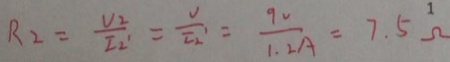
R _ { 2 } = \frac { V _ { 2 } } { I _ { 2 } ^ { \prime } } = \frac { V } { I _ { 2 } ^ { \prime } } = \frac { 9 V } { 1 . 2 A } = 7 . 5 \Omega